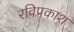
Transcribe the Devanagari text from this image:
रविप्रकाश